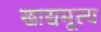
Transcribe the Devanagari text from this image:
खाद्यमूल्य